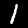
Digit: 1